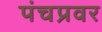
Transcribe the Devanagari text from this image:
पंचप्रवर